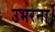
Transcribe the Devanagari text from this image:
उभरना।